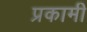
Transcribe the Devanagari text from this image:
प्रकामी